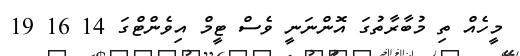
މީހެއް ތި މުބާރާތުގަ އޮންނަނީ ވެސް ޓީމް އިވެންޓްގަ 14 16 19